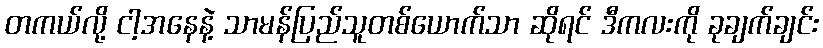
တကယ်လို့ ငါ့အနေနဲ့ သာမန်ပြည်သူတစ်ယောက်သာ ဆိုရင် ဒီကလးကို ခုချက်ချင်း